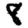
Digit: 8